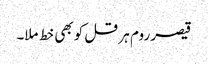
قیصر روم ہر قل کو بھی خط ملا۔